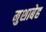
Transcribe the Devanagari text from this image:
मुशाबेह